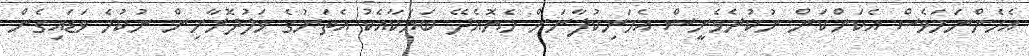
އެހެންނަމަވެސް އެކަންކަން ނުކުރެވެނީސް އެމަނިކުފާނަށް ހެޔޮއެދޭ ބަޔަކާއެކު އެތަނުގެ ވަލުދޮރާށިން ނުކުމެ ވަޑައިގެން